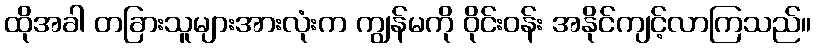
ထိုအခါ တခြားသူများအားလုံးက ကျွန်မကို ဝိုင်းဝန်း အနိုင်ကျင့်လာကြသည်။